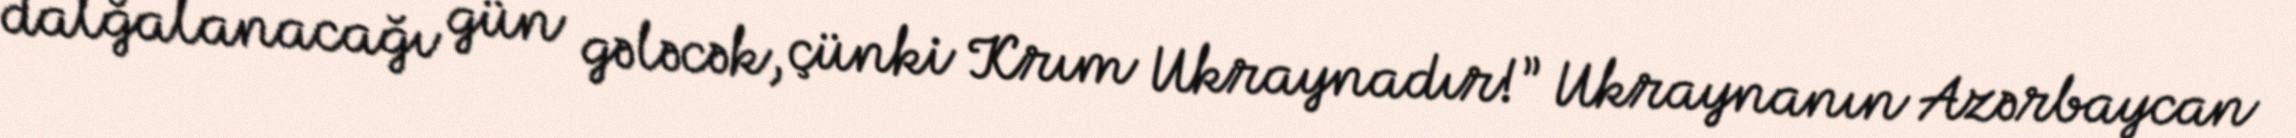
dalğalanacağı gün gələcək, çünki Krım Ukraynadır!” Ukraynanın Azərbaycan